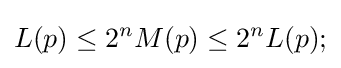
L(p)\leq 2^{n}M(p)\leq 2^{n}L(p);